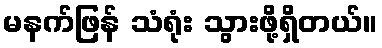
မနက်ဖြန် သံရုံး သွားဖို့ရှိတယ်။